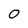
Character: 0